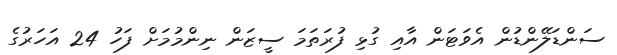
ސަންޑަލޭންޑުން އެވަޓަން އާއި ގުޅި ފުރަތަމަ ސީޒަން ނިންމުމަށް ފަހު 24 އަހަރުގެ